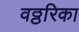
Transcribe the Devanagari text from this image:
वठ्ठरिका